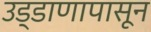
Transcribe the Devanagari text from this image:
उड्डाणापासून